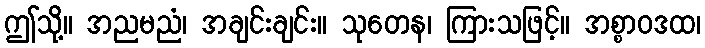
ဤသို့။ အညမညံ၊ အချင်းချင်း။ သုတေန၊ ကြားသဖြင့်။ အစ္စာဝဒထ၊